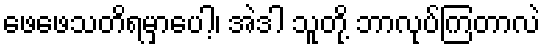
ဖေဖေသတိရမှာပေါ့၊ အဲဒါ သူတို့ ဘာလုပ်ကြတာလဲ